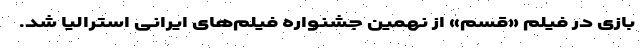
بازی در فیلم «قسم» از نهمین جشنواره فیلم‌های ایرانیِ استرالیا شد.